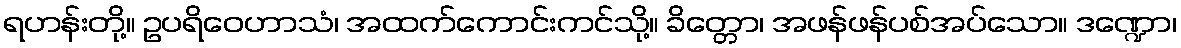
ရဟန်းတို့။ ဥပရိဝေဟာသံ၊ အထက်ကောင်းကင်သို့။ ခိတ္တော၊ အဖန်ဖန်ပစ်အပ်သော။ ဒဏ္ဍော၊